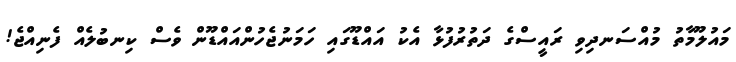
މައުލޫމާތު މުއްސަނދިވި ރައީސްގެ ދަތުރުފުޅާ އެކު އައްޑޫގައި ހަމަނުޖެހުންއައްޑޫން ވެސް ކިނބުލެއް ފެނިއްޖެ!